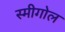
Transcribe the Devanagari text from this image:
स्मीगोल